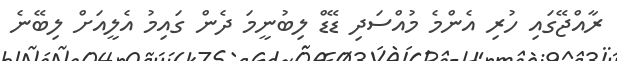
ރާއްޖޭގައި ހުރި އެންމެ މުއްސަދި ޑޭޑް ލިބުނީމަ ދެން ގައިމު އެލީއަށް ލިބޭނެ